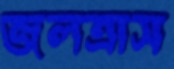
জলত্রাস